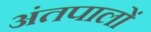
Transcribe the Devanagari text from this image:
अंतपालों